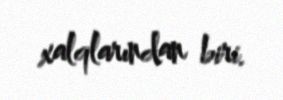
xalqlarından biri.